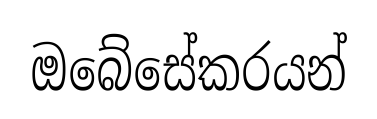
ඔබේසේකරයන්